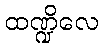
ထဏ္ဍိလေ